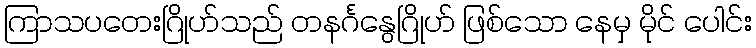
ကြာသပတေးဂြိုဟ်သည် တနင်္ဂနွေဂြိုဟ် ဖြစ်သော နေမှ မိုင် ပေါင်း